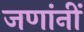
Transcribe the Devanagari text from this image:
जणांनीं